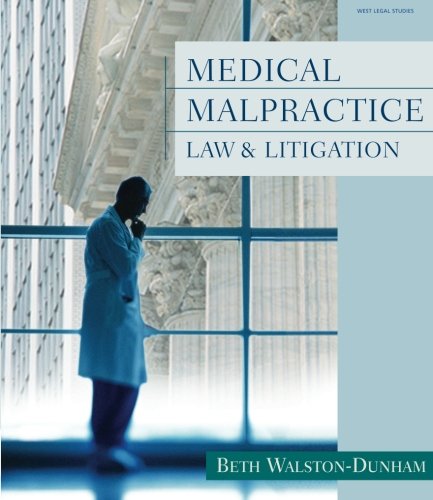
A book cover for Medical Malpractice Law and Litigation; Beth Walston-Dunham; Law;